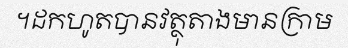
។ដកហូតបានវត្ថុតាងមានក្រាម